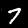
Digit: 7